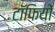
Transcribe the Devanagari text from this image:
टॉफियों